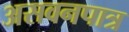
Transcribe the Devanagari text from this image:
असवनपात्र